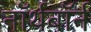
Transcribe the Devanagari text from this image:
नॉर्थबॉर्न